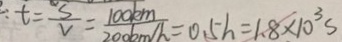
t = \frac { s } { v } = \frac { 1 0 0 k m } { 2 0 0 m / h } = 0 . 5 h = 1 . 8 \times 1 0 ^ { 3 } s